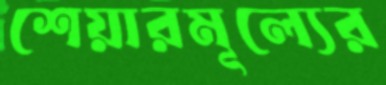
শেয়ারমূল্যের